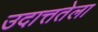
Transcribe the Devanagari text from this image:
उदात्ततेला